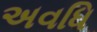
અવધિ